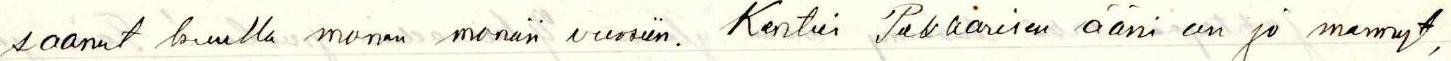
saaneet kuulla monen moniin vuosiin. Kenties Pekkarisen ääni on jo mennyt,